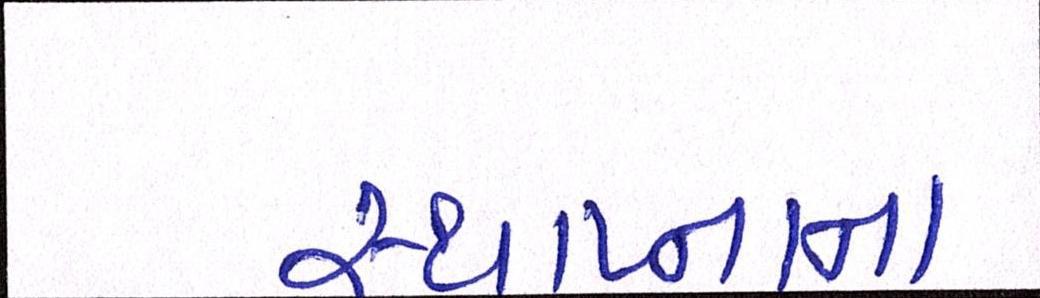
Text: સ્થાપ્નાના